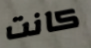
كانت